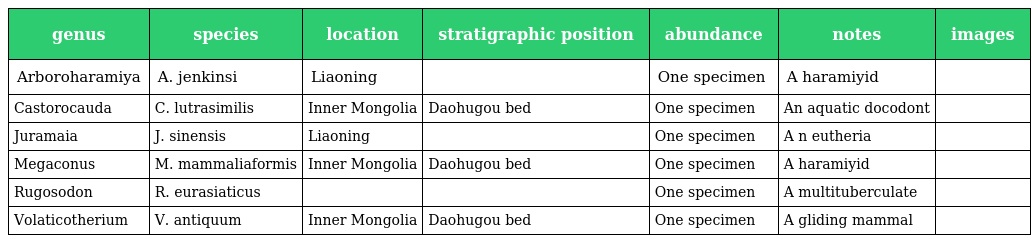
| genus | species | location | stratigraphic position | abundance | notes | images |
 | --- | --- | --- | --- | --- | --- | --- |
 | Arboroharamiya | A. jenkinsi | Liaoning |  | One specimen | A haramiyid |  |
 | Castorocauda | C. lutrasimilis | Inner Mongolia | Daohugou bed | One specimen | An aquatic docodont |  |
 | Juramaia | J. sinensis | Liaoning |  | One specimen | A n eutheria |  |
 | Megaconus | M. mammaliaformis | Inner Mongolia | Daohugou bed | One specimen | A haramiyid |  |
 | Rugosodon | R. eurasiaticus |  |  | One specimen | A multituberculate |  |
 | Volaticotherium | V. antiquum | Inner Mongolia | Daohugou bed | One specimen | A gliding mammal |  |